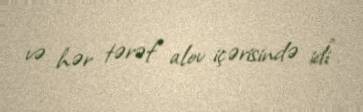
və hər tərəf alov içərisində idi”.